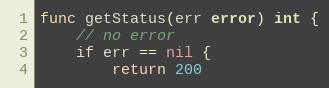
Language: Go
func getStatus(err error) int {
	// no error
	if err == nil {
		return 200